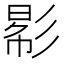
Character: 𢒠